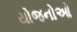
યોજનોઓ